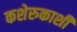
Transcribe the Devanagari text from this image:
कशेरुकाशी